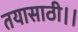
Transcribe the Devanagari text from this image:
तयासाठी।।